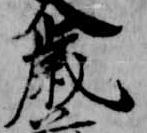
歳